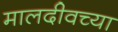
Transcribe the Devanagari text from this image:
मालदीवच्या